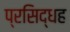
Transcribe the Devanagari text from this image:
प्रसिद्धह